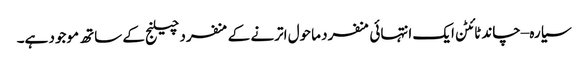
سیارہ –چاند ٹائٹن ایک انتہائی منفرد ماحول اترنے کے منفرد چیلنج کے ساتھ موجود ہے۔